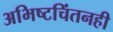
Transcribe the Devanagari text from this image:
अभिष्टचिंतनही